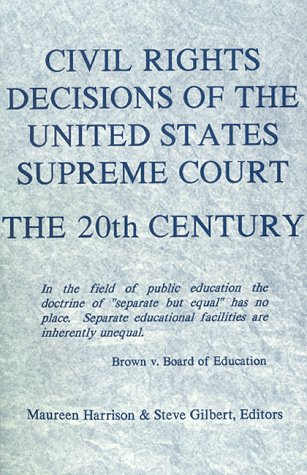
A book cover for Civil Rights Decisions of the United States Supreme Court: 20th Century; Maureen Harrison; Law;